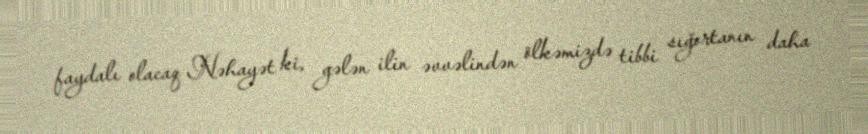
faydalı olacaq Nəhayət ki, gələn ilin əvvəlindən ölkəmizdə tibbi sığortanın daha